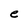
Character: e